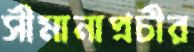
সীমানাপ্রচীর